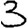
Digit: 3